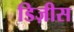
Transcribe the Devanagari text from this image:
डिज़ीस